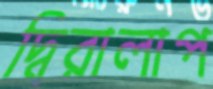
দ্বিরালাপ